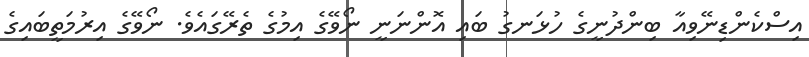
އިސްކެންޑިނޭވިއާ ބިންދުނީގެ ހުޅަނގު ބައި އޮންނަނީ ނޯވޭގެ އިމުގެ ތެރޭގައެވެ. ނޯވޭގެ އިރުމަތީބައިގެ